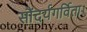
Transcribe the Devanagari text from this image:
सौंदर्यगर्विता।